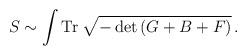
LaTeX: \begin{align*}S \sim \int {\rm Tr}\; \sqrt{-\det \left( G + B + F \right)}\,.\end{align*}